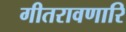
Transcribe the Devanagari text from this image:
गीतरावणारि